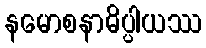
နမောစနာဓိပ္ပါယဿ